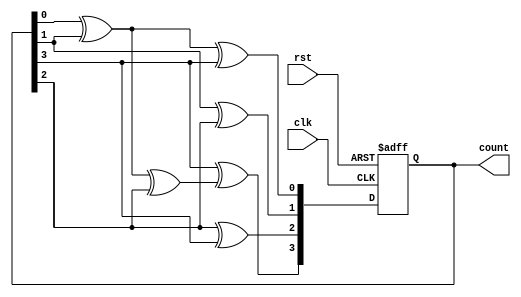
module johnson_gray_counter (
    input wire clk,        // Clock input
    input wire rst,        // Reset input
    output reg [3:0] count // 4-bit Johnson Gray counter output
);

reg [3:0] next_count;

always @(posedge clk or posedge rst) begin
    if (rst) begin
        count <= 4'b0000; // Initialize counter to 0
    end else begin
        count <= next_count;
    end
end

always @* begin
    next_count[0] = count[0] ^ count[1] ^ count[3];
    next_count[1] = count[1] ^ count[2];
    next_count[2] = count[2] ^ count[3];
    next_count[3] = count[3] ^ (count[0] ^ count[1] ^ count[2]);
end

endmodule